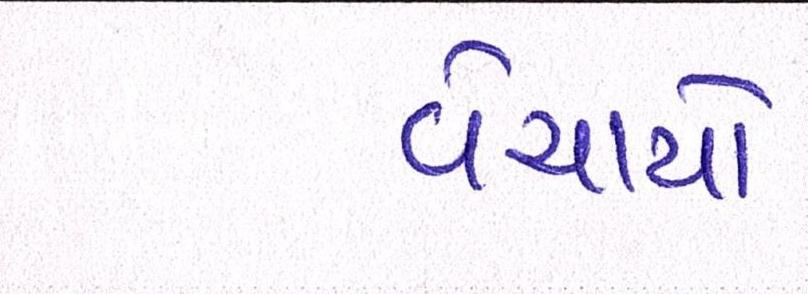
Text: વેચાયો